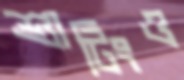
শ্যুটিংও